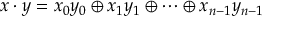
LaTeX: x \cdot y = x _ { 0 } y _ { 0 } \oplus x _ { 1 } y _ { 1 } \oplus \cdots \oplus x _ { n - 1 } y _ { n - 1 }